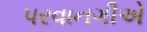
પરવાનગીએ